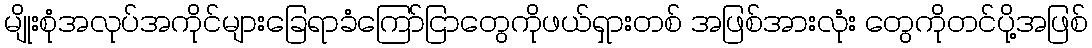
မျိုးစုံအလုပ်အကိုင်များခြေရာခံကြော်ငြာတွေကိုဖယ်ရှားတစ် အဖြစ်အားလုံး တွေကိုတင်ပို့အဖြစ်